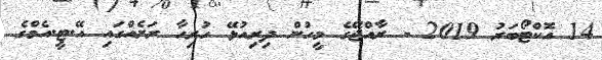
14 އޮކްޓޯބަރު 2019 - ރާއްޖޭގެ މީހުން ދިރިއުޅޭ ހުރިހާ ރަށެއްގައި އޭ.ޓީ.އެމްގެ